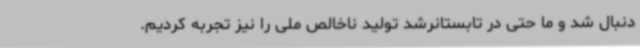
دنبال شد و ما حتی در تابستانرشد تولید ناخالص ملی را نیز تجربه کردیم.